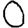
Digit: 0